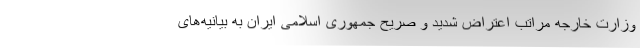
وزارت خارجه مراتب اعتراض شدید و صریح جمهوری اسلامی ایران به بیانیه‌های